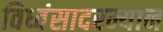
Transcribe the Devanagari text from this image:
विध्वंसादरम्यान